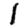
Digit: 1